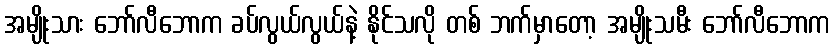
အမျိုးသား ဘော်လီဘောက ခပ်လွယ်လွယ်နဲ့ နိုင်သလို တစ် ဘက်မှာတော့ အမျိုးသမီး ဘော်လီဘောက